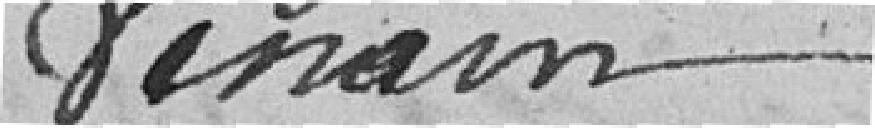
Verrain